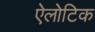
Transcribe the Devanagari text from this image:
ऐलोटिक